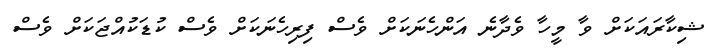
ޝިކާރައަކަށް ވާ މީހާ ވެދާނެ އަންހެނަކަށް ވެސް ފިރިހެނަކަށް ވެސް ކުޑަކުއްޖަކަށް ވެސް